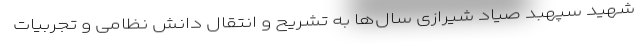
شهید سپهبد صیاد شیرازی سال‌ها به تشریح و انتقال دانش نظامی و تجربیات